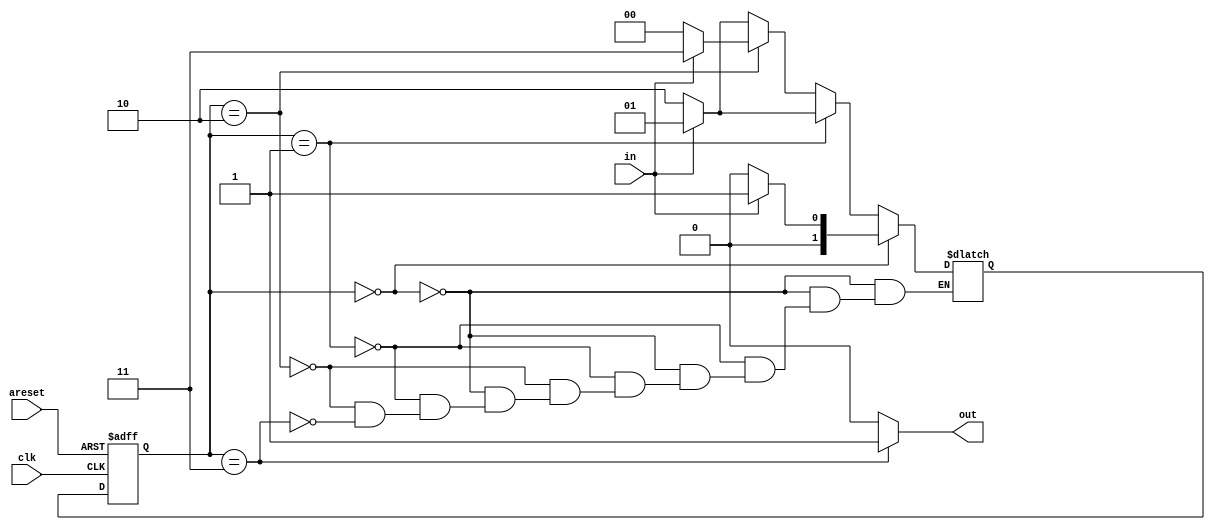
module top_module(
    input clk,
    input in,
    input areset,
    output out); //
    reg [1:0] ns,cs;
    // State transition logic
    always@(posedge clk or posedge areset)begin
        if(areset) cs<=0;
        else cs<=ns;
    end
    // State flip-flops with asynchronous reset
    always@(*)begin
        if(cs==0) ns=in? 1:0;
        else if(cs==1) ns=in?1:2;
        else if(cs==2) ns=in?3:0;
        else if(cs==3) ns=in?1:2;
    end
    // Output logic
	assign out=cs==3?1:0;
endmodule